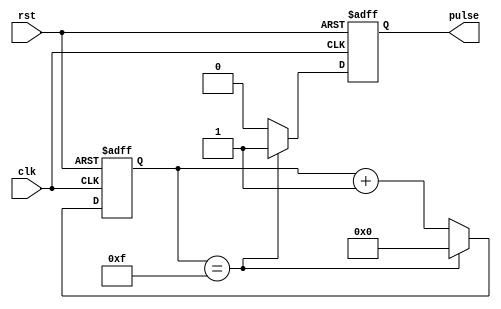
module RisingEdgePulseGenerator(
    input wire clk,
    input wire rst,
    output reg pulse
);

reg [7:0] counter;
parameter THRESHOLD = 8'h0F;

always @ (posedge clk or posedge rst) begin
    if (rst) begin
        counter <= 8'b0;
        pulse <= 1'b0;
    end else begin
        if (counter == THRESHOLD) begin
            pulse <= 1'b1;
            counter <= 8'b0;
        end else begin
            pulse <= 1'b0;
            counter <= counter + 1;
        end
    end
end

endmodule